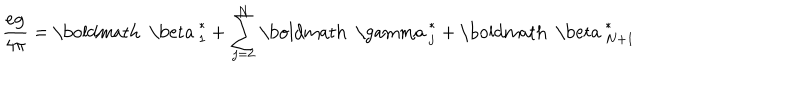
LaTeX: \frac { e { \bf g } } { 4 \pi } = { \mathrm { \boldmath ~ \ b e t a ~ } } _ { 1 } ^ { * } + \sum _ { j = 2 } ^ { N } { \mathrm { \boldmath ~ \ g a m m a ~ } } _ { j } ^ { * } + { \mathrm { \boldmath ~ \ b e t a ~ } } _ { N + 1 } ^ { * }